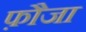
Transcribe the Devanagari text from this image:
फ़ौजा